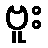
ဗူး